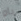
ياو